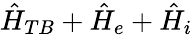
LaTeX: \hat{H}_{TB}+\hat{H}_{e}+\hat{H}_{i}